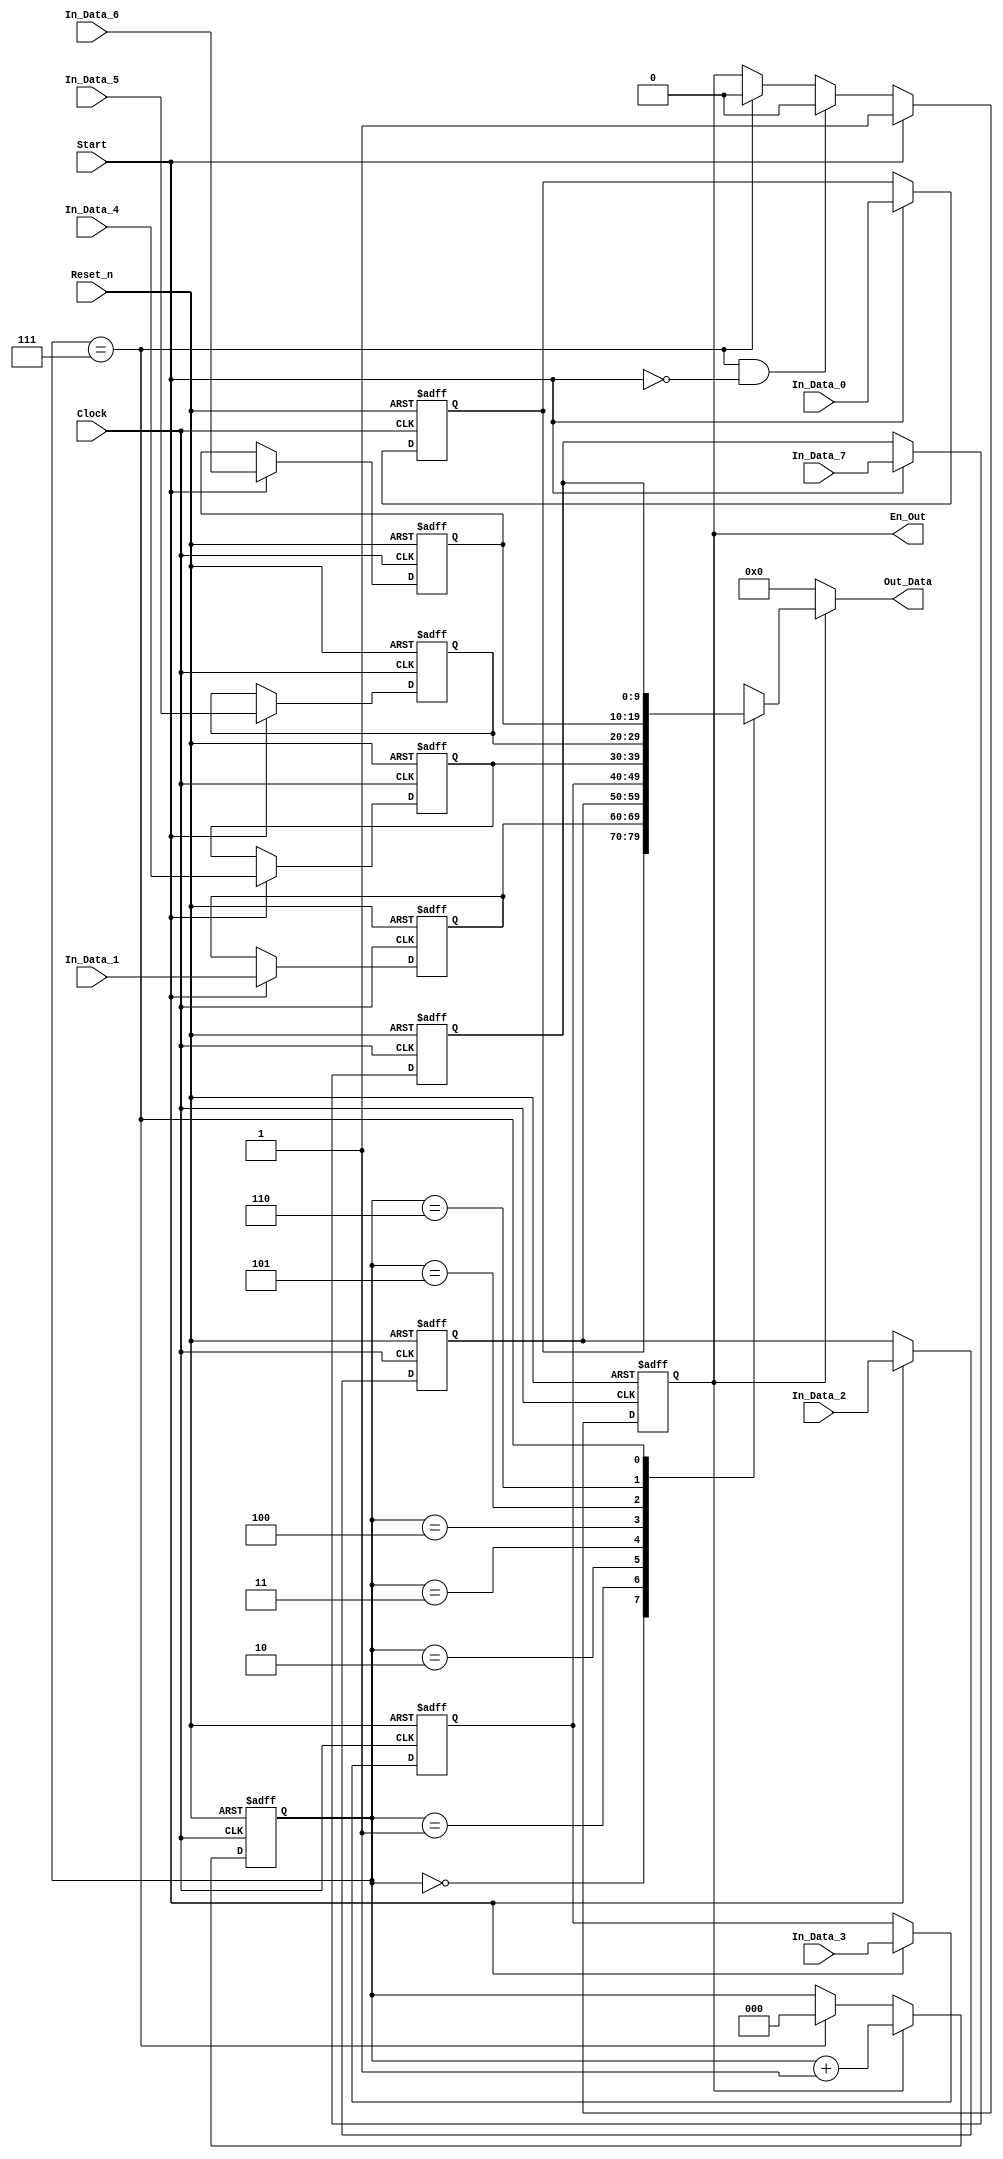
module Send_8_Pixel(
Clock,
Reset_n,
Start,
In_Data_0,
In_Data_1,
In_Data_2,
In_Data_3,
In_Data_4,
In_Data_5,
In_Data_6,
In_Data_7,
Out_Data,
En_Out
);

//Data bit width parameter
parameter WIDTH = 8;

input Clock;
input Reset_n;
input Start;
input signed [WIDTH +1:0] In_Data_0;
input signed [WIDTH +1:0] In_Data_1;
input signed [WIDTH +1:0] In_Data_2;
input signed [WIDTH +1:0] In_Data_3;
input signed [WIDTH +1:0] In_Data_4;
input signed [WIDTH +1:0] In_Data_5;
input signed [WIDTH +1:0] In_Data_6;
input signed [WIDTH +1:0] In_Data_7;

output signed [WIDTH+1:0] Out_Data;
output En_Out;

reg signed [WIDTH+1:0] Out_Data;
reg En_Out;
reg [2:0]Counter;
reg signed [WIDTH+1:0]Out_Data_reg_0;
reg signed [WIDTH+1:0]Out_Data_reg_1;
reg signed [WIDTH+1:0]Out_Data_reg_2;
reg signed [WIDTH+1:0]Out_Data_reg_3;
reg signed [WIDTH+1:0]Out_Data_reg_4;
reg signed [WIDTH+1:0]Out_Data_reg_5;
reg signed [WIDTH+1:0]Out_Data_reg_6;
reg signed [WIDTH+1:0]Out_Data_reg_7;

//Output enable control
always @(posedge Clock or negedge Reset_n)
begin
	if(!Reset_n)
		En_Out <= 1'b0;
	else if(Start)
		En_Out <= 1'b1;
	else if( (Counter == 3'b111) && (!Start) )
        En_Out <= 1'b0;
		else if(Counter == 3'b111)
			En_Out <= 1'b0;
    else
        En_Out <= En_Out;
end

//Data Counter
always @(posedge Clock or negedge Reset_n)
begin
    if(!Reset_n)
        Counter <= 3'b0;
    else if( En_Out )
        Counter <= Counter + 1'b1;
    else if(Counter == 3'b111)
        Counter <= 3'b0;
    else
        Counter <= Counter;
end

//Output Data Cache
always @(posedge Clock or negedge Reset_n)	
begin
	if(!Reset_n)
		begin
			Out_Data_reg_0 <= 10'b0;
			Out_Data_reg_1 <= 10'b0;
			Out_Data_reg_2 <= 10'b0;
			Out_Data_reg_3 <= 10'b0;
			Out_Data_reg_4 <= 10'b0;
			Out_Data_reg_5 <= 10'b0;
			Out_Data_reg_6 <= 10'b0;
			Out_Data_reg_7 <= 10'b0;
		end
	else if(Start)
		begin
			Out_Data_reg_0 <= In_Data_0;
			Out_Data_reg_1 <= In_Data_1;
			Out_Data_reg_2 <= In_Data_2;
			Out_Data_reg_3 <= In_Data_3;
			Out_Data_reg_4 <= In_Data_4;
			Out_Data_reg_5 <= In_Data_5;
			Out_Data_reg_6 <= In_Data_6;
			Out_Data_reg_7 <= In_Data_7;
		end
	else
		begin
			Out_Data_reg_0 <= Out_Data_reg_0;
			Out_Data_reg_1 <= Out_Data_reg_1;
			Out_Data_reg_2 <= Out_Data_reg_2;
			Out_Data_reg_3 <= Out_Data_reg_3;
			Out_Data_reg_4 <= Out_Data_reg_4;
			Out_Data_reg_5 <= Out_Data_reg_5;
			Out_Data_reg_6 <= Out_Data_reg_6;
			Out_Data_reg_7 <= Out_Data_reg_7;
		end
end

//Send data in order
//Parallel input to serial output
always @( * )
begin
	if(En_Out)
		begin
			case (Counter)
				3'b000: begin Out_Data = Out_Data_reg_0 ; end 
				3'b001: begin Out_Data = Out_Data_reg_1 ; end
				3'b010: begin Out_Data = Out_Data_reg_2 ; end
				3'b011: begin Out_Data = Out_Data_reg_3 ; end
				3'b100: begin Out_Data = Out_Data_reg_4 ; end
				3'b101: begin Out_Data = Out_Data_reg_5 ; end
				3'b110: begin Out_Data = Out_Data_reg_6 ; end
				3'b111: begin Out_Data = Out_Data_reg_7 ; end
				default: Out_Data =  10'b0;
			endcase
		end
	else
		Out_Data =  10'b0;
end

endmodule